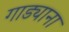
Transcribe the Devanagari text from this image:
गाड्याना